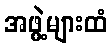
အဖွဲ့များထံ